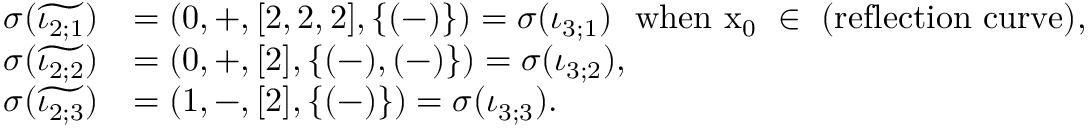
\begin{array} { r l } { \sigma ( \widetilde { \iota _ { 2 ; 1 } } ) } & { = ( 0 , + , [ 2 , 2 , 2 ] , \{ ( - ) \} ) = \sigma ( \iota _ { 3 ; 1 } ) \ \mathrm { ~ w h e n ~ x _ 0 ~ \in ~ ( r e f l e c t i o n ~ c u r v e ) } , } \\ { \sigma ( \widetilde { \iota _ { 2 ; 2 } } ) } & { = ( 0 , + , [ 2 ] , \{ ( - ) , ( - ) \} ) = \sigma ( \iota _ { 3 ; 2 } ) , } \\ { \sigma ( \widetilde { \iota _ { 2 ; 3 } } ) } & { = ( 1 , - , [ 2 ] , \{ ( - ) \} ) = \sigma ( \iota _ { 3 ; 3 } ) . } \end{array}